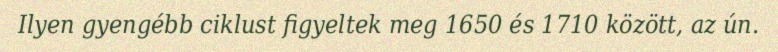
Ilyen gyengébb ciklust figyeltek meg 1650 és 1710 között, az ún.